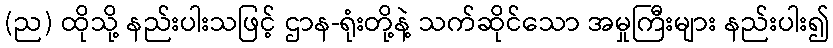
(ည) ထိုသို့ နည်းပါးသဖြင့် ဌာန-ရုံးတို့နဲ့ သက်ဆိုင်သော အမှုကြီးများ နည်းပါး၍